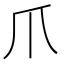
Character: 爪